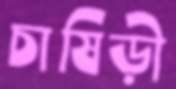
চাষিড়ী